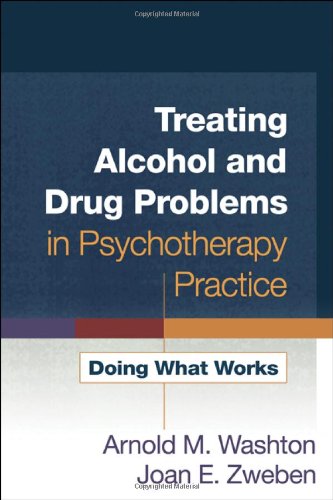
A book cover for Treating Alcohol and Drug Problems in Psychotherapy Practice: Doing What Works; Arnold M. Washton; Medical Books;